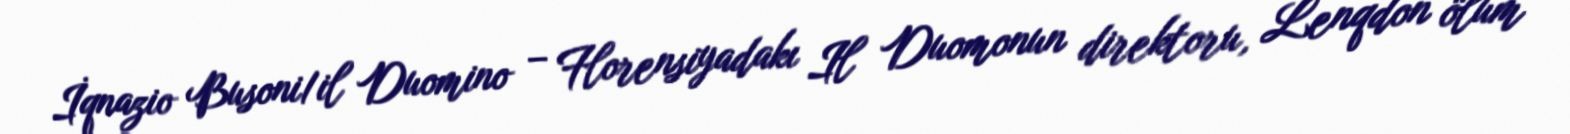
İqnazio Busoni/il Duomino – Florensiyadakı Il Duomonun direktoru, Lenqdon ölüm